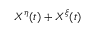
X ^ { \eta } ( t ) + X ^ { \xi } ( t )